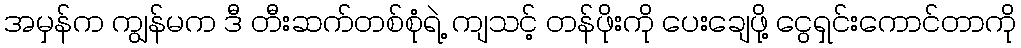
အမှန်က ကျွန်မက ဒီ တီးဆက်တစ်စုံရဲ့ ကျသင့် တန်ဖိုးကို ပေးချေဖို့ ငွေရှင်းကောင်တာကို